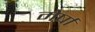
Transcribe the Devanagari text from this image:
मेर्षा